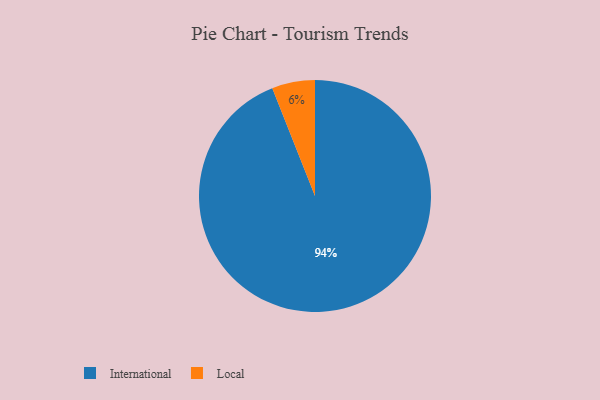
{"axis": {"x": "Category", "y": "Percentage"}, "legend": ["International", "Local"], "data": [{"x": "Local", "y": 6, "type": "Local"}, {"x": "International", "y": 94, "type": "International"}]}